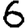
Digit: 6